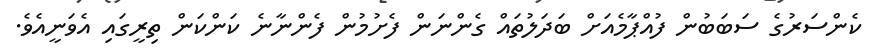
ކެންސަރުގެ ސަބަބުން ފުއްޕާމެއަށް ބަދަލުތައް ގެންނަން ފެށުމުން ފެންނާނެ ކަންކަން ތިރީގައި އެވަނީއެވެ.